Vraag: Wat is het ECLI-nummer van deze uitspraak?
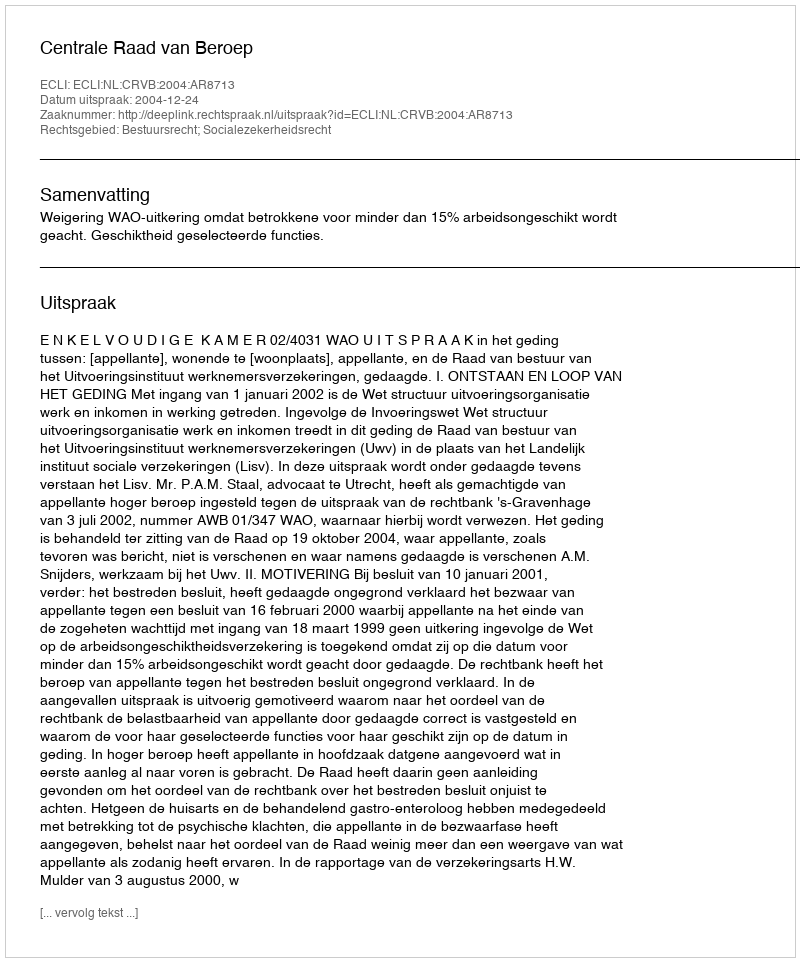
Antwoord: ECLI:NL:CRVB:2004:AR8713